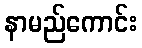
နာမည်ကောင်း